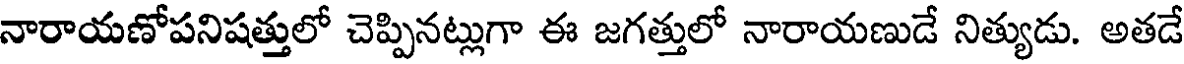
నారాయణోపనిషత్తులో చెప్పినట్లుగా ఈ జగత్తులో నారాయణుడే నిత్యుడు. అతడే